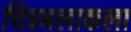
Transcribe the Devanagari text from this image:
चित्रबलाकला